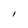
Character: l